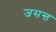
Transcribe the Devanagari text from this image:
जसन्त